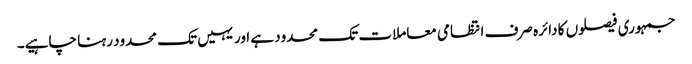
جمہوری فیصلوں کا دائرہ صرف انتظامی معاملات تک محدود ہے اور یہیں تک محدود رہنا چاہیے۔